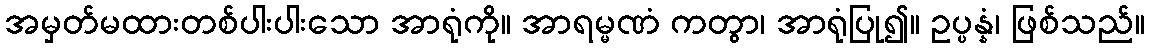
အမှတ်မထားတစ်ပါးပါးသော အာရုံကို။ အာရမ္မဏံ ကတွာ၊ အာရုံပြု၍။ ဥပ္ပန္နံ၊ ဖြစ်သည်။